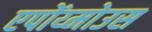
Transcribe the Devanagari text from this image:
एपोंय्मोउस